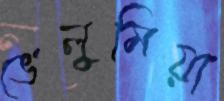
ভেলুমিয়া